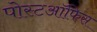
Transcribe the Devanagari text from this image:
पोस्टऑफिस